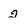
Character: 2